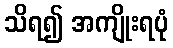
သိရ၍ အကျိုးရပုံ